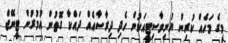
މީގެ މަހެއް ކުރިން ޔުނިވާސިޓީއަކުން ހެދި ދިރާސާއެއް ދައްކާ ގޮތުން އުމުރުން ޓީނޭޖް